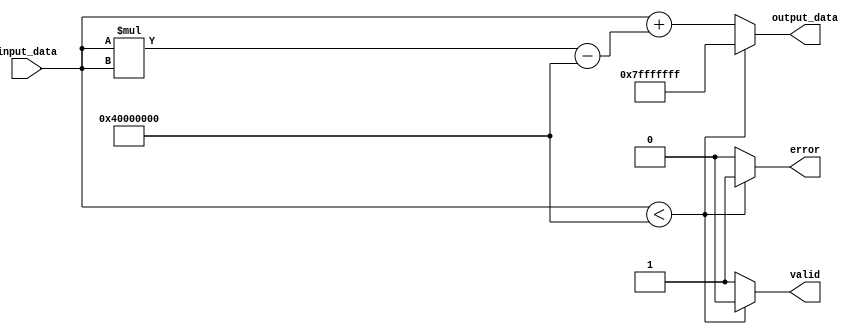
module acosh (
    input wire [31:0] input_data, // Fixed-point input
    output reg [31:0] output_data, // Fixed-point output
    output reg valid, // Signal to indicate valid output
    output reg error // Signal to indicate an error
);

    // Parameters for fixed-point representation
    parameter FIXED_POINT_FRACTIONAL_BITS = 16;
    parameter FIXED_POINT_INTEGER_BITS = 16; // Adjust according to your needs

    // Internal signals
    reg [63:0] x_squared;
    reg [63:0] sqrt_x_squared_minus_one;
    reg [63:0] sum;

    // Function to calculate square root (stub, replace with actual implementation)
    function [63:0] sqrt(input [63:0] x);
        // Implement a suitable square root algorithm here
        // This is a placeholder
        sqrt = x; // Placeholder for actual square root calculation
    endfunction

    // Function to calculate natural logarithm (stub, replace with actual implementation)
    function [63:0] ln(input [63:0] x);
        // Implement a suitable logarithm algorithm here
        // This is a placeholder
        ln = x; // Placeholder for actual logarithm calculation
    endfunction

    always @(*) begin
        // Initialize outputs
        valid = 0;
        error = 0;
        output_data = 32'b0;

        // Domain check
        if (input_data < 32'h40000000) begin // Check if input_data < 1.0 (1.0 in fixed-point)
            error = 1; // Set error signal
            output_data = 32'h7FFFFFFF; // Example: Return a predefined value (NaN or error code)
        end else begin
            // Valid input, perform acosh computation
            x_squared = input_data * input_data; // x^2
            sqrt_x_squared_minus_one = sqrt(x_squared - 32'h40000000); // sqrt(x^2 - 1)
            sum = input_data + sqrt_x_squared_minus_one; // x + sqrt(x^2 - 1)
            output_data = ln(sum); // ln(x + sqrt(x^2 - 1))

            valid = 1; // Mark output as valid
        end
    end
endmodule